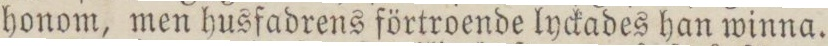
honom, men husfadrens förtroende lyckades han winna.